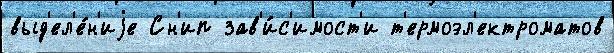
выд'ел'е́н'иjе Сн'ип зав'и́с'имост'и т'ермоэл'ектроматов